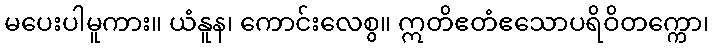
မပေးပါမူကား။ ယံနူန၊ ကောင်းလေစွ။ ဣတိဧတံဧသောပရိဝိတက္ကော၊